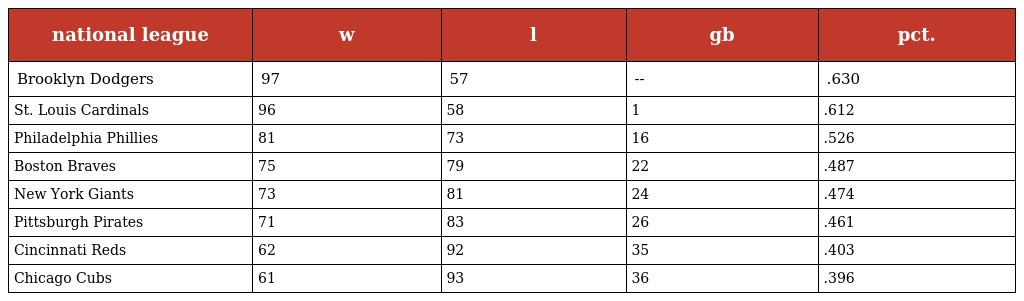
| national league | w | l | gb | pct. |
 | --- | --- | --- | --- | --- |
 | Brooklyn Dodgers | 97 | 57 | -- | .630 |
 | St. Louis Cardinals | 96 | 58 | 1 | .612 |
 | Philadelphia Phillies | 81 | 73 | 16 | .526 |
 | Boston Braves | 75 | 79 | 22 | .487 |
 | New York Giants | 73 | 81 | 24 | .474 |
 | Pittsburgh Pirates | 71 | 83 | 26 | .461 |
 | Cincinnati Reds | 62 | 92 | 35 | .403 |
 | Chicago Cubs | 61 | 93 | 36 | .396 |